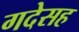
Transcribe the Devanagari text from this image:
गदेसह